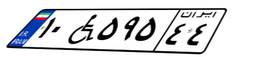
۰۶W۳۶۷۳۰